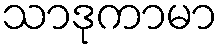
သာဒုကာမာ